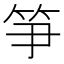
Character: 𥬁